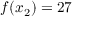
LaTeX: f ( x _ { 2 } ) = 2 7